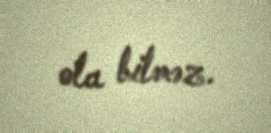
ola bilməz.